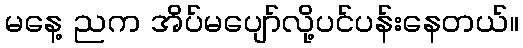
မနေ့ ညက အိပ်မပျော်လို့ပင်ပန်းနေတယ်။